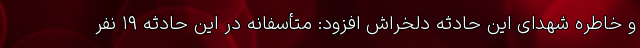
و خاطره شهدای این حادثه دلخراش افزود: متأسفانه در این حادثه ۱۹ نفر